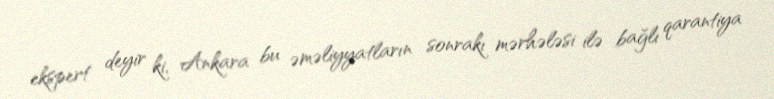
ekspert deyir ki, Ankara bu əməliyyatların sonrakı mərhələsi ilə bağlı qarantiya